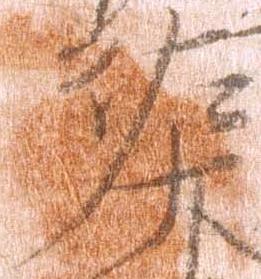
左